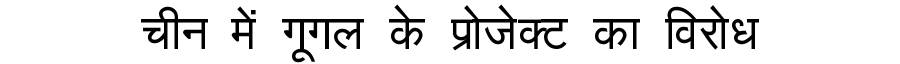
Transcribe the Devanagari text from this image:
चीन में गूगल के प्रोजेक्ट का विरोध